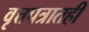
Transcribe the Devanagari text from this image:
वृत्तपत्रातही